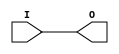
// $Header: /devl/xcs/repo/env/Databases/CAEInterfaces/verunilibs/data/unisims/BUFCF.v,v 1.6 2007/05/23 21:43:33 patrickp Exp $
///////////////////////////////////////////////////////////////////////////////
// Copyright (c) 1995/2004 Xilinx, Inc.
// All Right Reserved.
///////////////////////////////////////////////////////////////////////////////
//   ____  ____
//  /   /\/   /
// /___/  \  /    Vendor : Xilinx
// \   \   \/     Version : 10.1
//  \   \         Description : Xilinx Functional Simulation Library Component
//  /   /                  Fast Connect Buffer
// /___/   /\     Filename : BUFCF.v
// \   \  /  \    Timestamp : Thu Mar 25 16:42:13 PST 2004
//  \___\/\___\
//
// Revision:
//    03/23/04 - Initial version.
//    05/23/07 - Changed timescale to 1 ps / 1 ps.

`timescale  1 ps / 1 ps


module BUFCF (O, I);

    output O;

    input  I;

	buf B1 (O, I);


endmodule